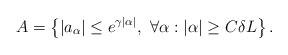
\begin{align*}A=\left\{ |a_{\alpha}|\leq e^{\gamma|\alpha|},\ \forall\alpha : |\alpha|\geq C\delta L\right\}.\end{align*}